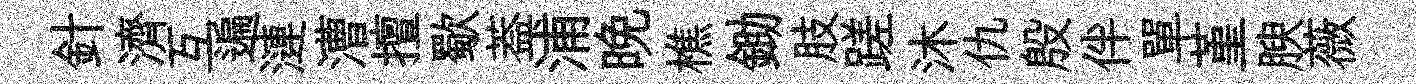
針濟互遍漣漕擅歜葢浦晚樵鋤肢蹉沐仇殷伴單堇腴薇